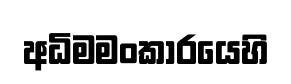
අධිමමංකාරයෙහි